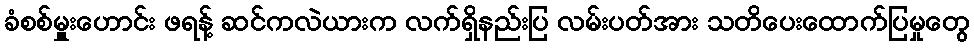
ခံစစ်မှူးဟောင်း ဖရန့် ဆင်ကလဲယားက လက်ရှိနည်းပြ လမ်းပတ်အား သတိပေးထောက်ပြမှုတွေ